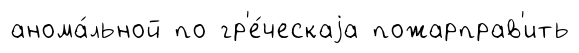
анома́льной по гр'е́ческаjа пожарправ'ить